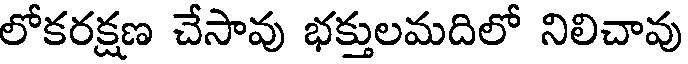
లోకరక్షణ చేసావు భక్తులమదిలో నిలిచావు